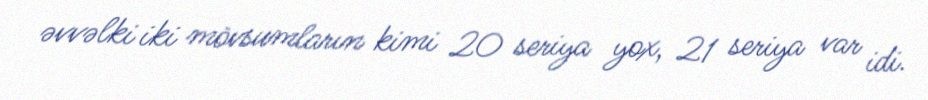
əvvəlki iki mövsumların kimi 20 seriya yox, 21 seriya var idi.